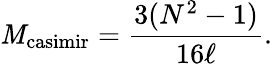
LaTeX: \mathit{M}_{\mathrm{{casimir}}}={\frac{{3(N^{2}-1)}}{{16\ell}}}.